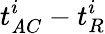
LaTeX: t_{\mathit{A}C}^{i}-t_{R}^{i}